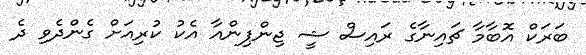
ބަރަކް އޮބާމާ ޗައިނާގެ ރައިސް ޝީ ޖިންޕިންއާ އެކު ކުރިއަށް ގެންދެވި ދެ